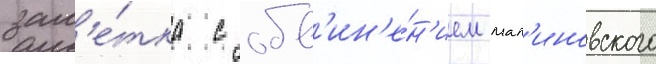
зам'е́тка с обв'ин'е́н'ием мал'иновского